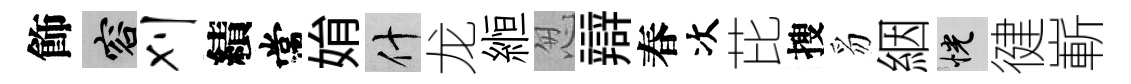
飾容刈績常姢什龙縆怱辯春次芘搜豸絪恍徤嶄